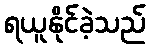
ရယူနိုင်ခဲ့သည်